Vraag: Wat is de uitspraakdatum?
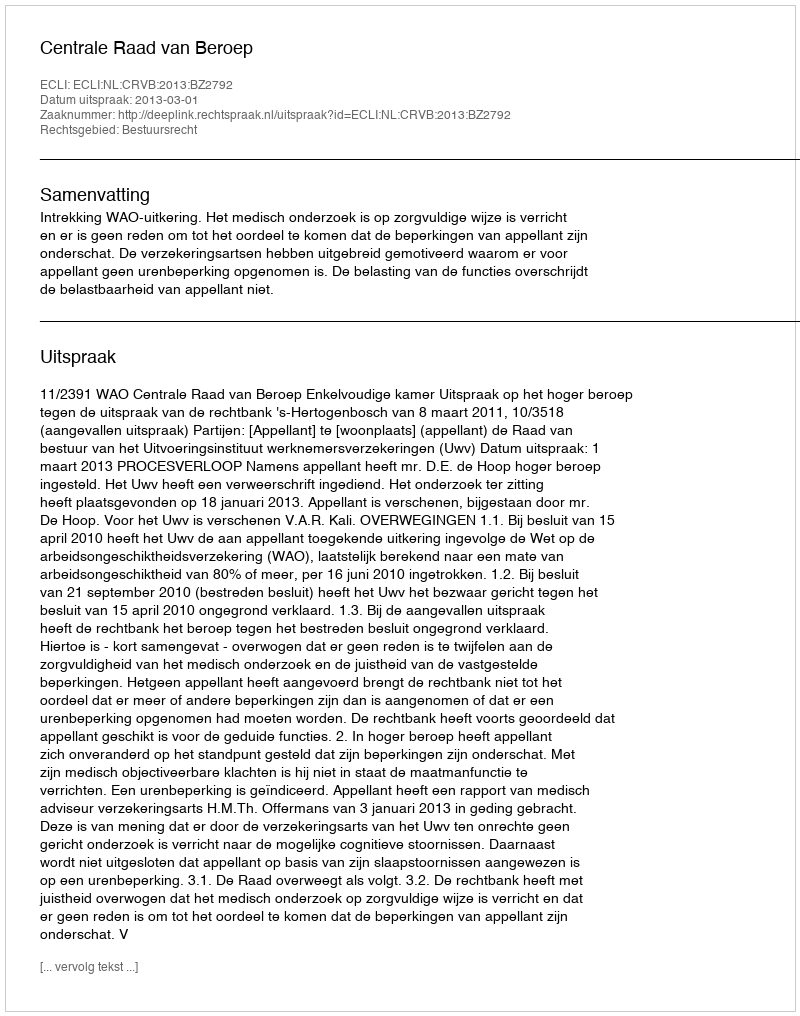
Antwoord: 2013-03-01